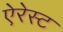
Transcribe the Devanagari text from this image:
ऐरेस्ट